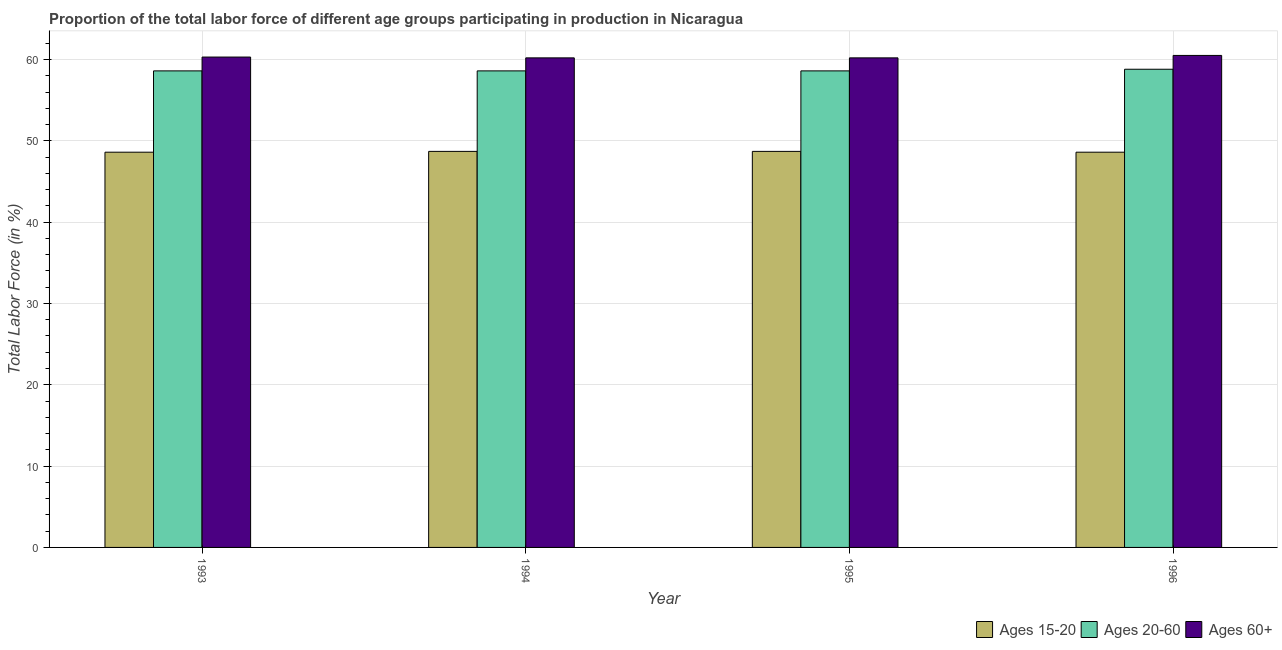
| Year | Ages 15-20 | Ages 20-60 | Ages 60+ |
 | --- | --- | --- | --- |
 | 1993 | 48.6 | 58.6 | 60.3 |
 | 1994 | 48.7 | 58.6 | 60.2 |
 | 1995 | 48.7 | 58.6 | 60.2 |
 | 1996 | 48.6 | 58.8 | 60.5 |